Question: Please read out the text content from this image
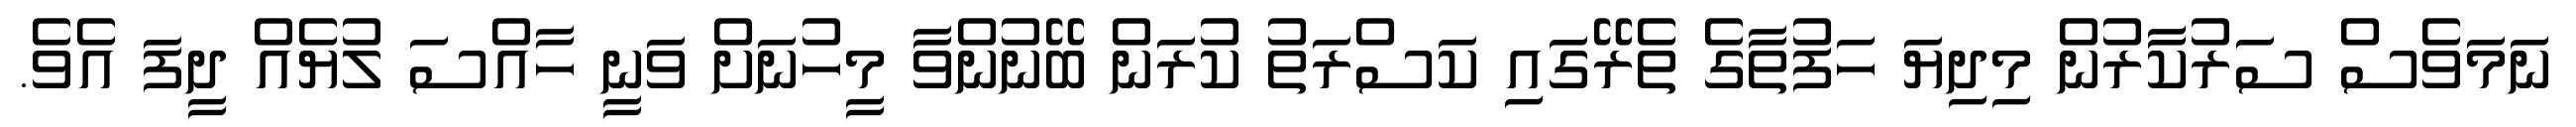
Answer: ނަމަވެސް ސަރުކާރުން މިދިޔަ ހަފުތާގެ ތެރޭގައި ކަސްރަތު ކުރަން ބޭނުންވާ މީހުނަށް ވަނީ ހާއްސަ ލުޔެއް ދީފަ އެވެ.